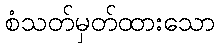
စံသတ်မှတ်ထားသော